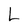
Character: L